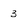
Character: 3